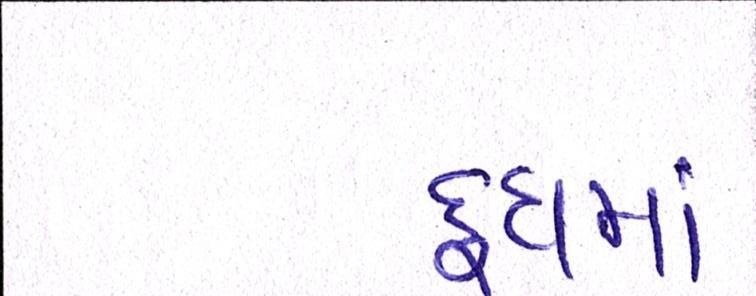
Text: દૂધમાં